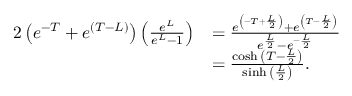
\begin{array} { r l } { { 2 } \left( e ^ { - T } + e ^ { ( T - L ) } \right) \left( \frac { e ^ { L } } { e ^ { L } - 1 } \right) } & { = \frac { e ^ { \left( - T + \frac { L } { 2 } \right) } + e ^ { \left( T - \frac { L } { 2 } \right) } } { e ^ { \frac { L } { 2 } } - e ^ { - \frac { L } { 2 } } } } \\ & { = \frac { \cosh { \left( T - \frac { L } { 2 } \right) } } { \sinh { \left( \frac { L } { 2 } \right) } } . } \end{array}